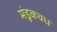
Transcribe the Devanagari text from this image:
मंडूकवध